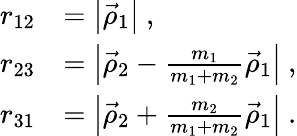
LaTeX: \begin{array}{rl}{r_{12}}&{=\left|\vec{\rho}_{1}\right|~,}\\ {r_{23}}&{=\left|\vec{\rho}_{2}-\frac{m_{1}}{m_{1}+m_{2}}\vec{\rho}_{1}\right|~,}\\ {r_{31}}&{=\left|\vec{\rho}_{2}+\frac{m_{2}}{m_{1}+m_{2}}\vec{\rho}_{1}\right|~.}\end{array}